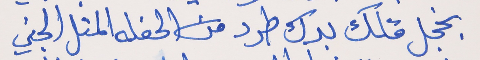
بخجل قلك بدك طرد     من الحفله المتل الجني